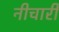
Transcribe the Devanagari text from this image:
नीचारी